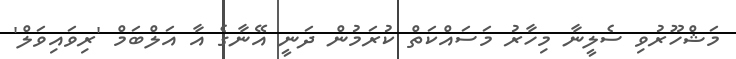
މަޝްހޫރުވި ސެލީނާ މިހާރު މަސައްކަތް ކުރަމުން ދަނީ އޭނާގެ އާ އަލްބަމް 'ރިވައިވަލް'